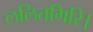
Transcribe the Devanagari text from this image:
ललितगिरि।